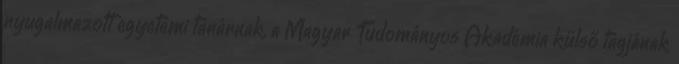
nyugalmazott egyetemi tanárnak, a Magyar Tudományos Akadémia külső tagjának